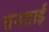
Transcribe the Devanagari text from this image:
घनताई